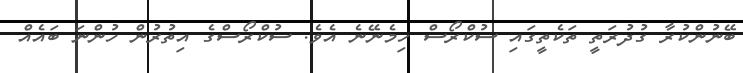
ބޭނުންކުރާ ގުދުރަތީ ތަކެތީގައި ސުކްރޯސް ހިމެނޭނެ އެވެ. ސުކްރޯސްގެ އިތުުރުން ހުންނަ ބައެއް